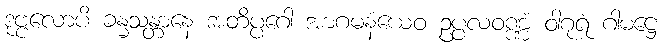
ဒုဗ္ဗလောပိ ခန္ဓသန္တာနေ အတိပ္ပဂေါ အာဂမနံယေဝ ဥပ္ပလဝဏ္ဏံ ဝါဂုရံ ဂါမဋ္ဌေ